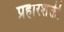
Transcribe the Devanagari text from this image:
प्रहारशक्ती